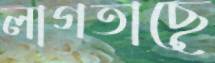
লাগতাছে